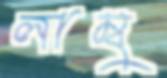
লাম্বু